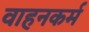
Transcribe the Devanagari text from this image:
वाहनकर्म